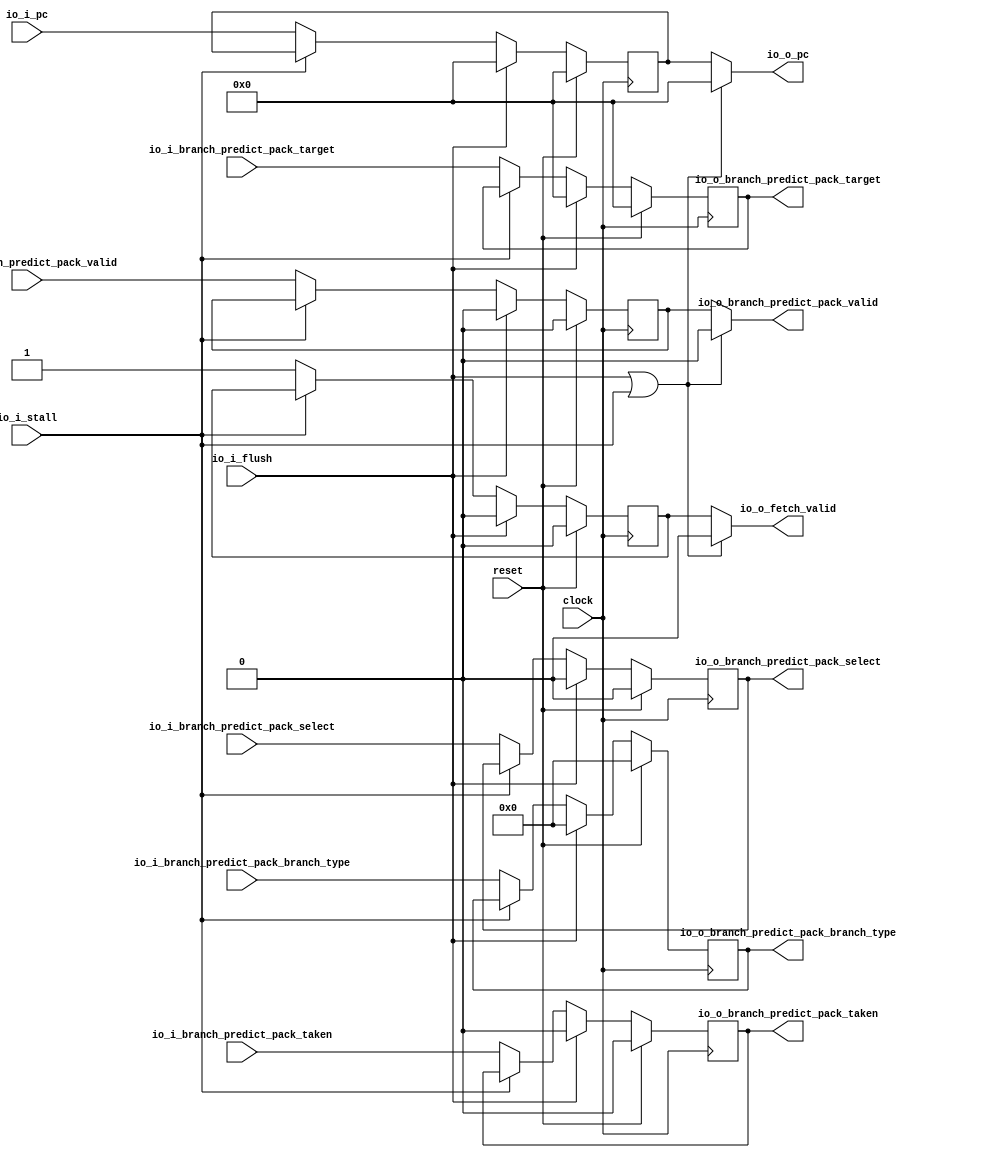
module IF1_IF2(
  input         clock,
  input         reset,
  input         io_i_stall,
  input         io_i_flush,
  output        io_o_fetch_valid,
  input  [63:0] io_i_pc,
  output [63:0] io_o_pc,
  input         io_i_branch_predict_pack_valid,
  input  [63:0] io_i_branch_predict_pack_target,
  input  [3:0]  io_i_branch_predict_pack_branch_type,
  input         io_i_branch_predict_pack_select,
  input         io_i_branch_predict_pack_taken,
  output        io_o_branch_predict_pack_valid,
  output [63:0] io_o_branch_predict_pack_target,
  output [3:0]  io_o_branch_predict_pack_branch_type,
  output        io_o_branch_predict_pack_select,
  output        io_o_branch_predict_pack_taken
);
`ifdef RANDOMIZE_REG_INIT
  reg [63:0] _RAND_0;
  reg [31:0] _RAND_1;
  reg [63:0] _RAND_2;
  reg [31:0] _RAND_3;
  reg [31:0] _RAND_4;
  reg [31:0] _RAND_5;
  reg [31:0] _RAND_6;
`endif // RANDOMIZE_REG_INIT
  reg [63:0] pc; // @[if1_if2.scala 24:21]
  wire  _io_o_pc_T = io_i_flush | io_i_stall; // @[if1_if2.scala 27:30]
  reg  branch_predict_pack_valid; // @[if1_if2.scala 29:38]
  reg [63:0] branch_predict_pack_target; // @[if1_if2.scala 29:38]
  reg [3:0] branch_predict_pack_branch_type; // @[if1_if2.scala 29:38]
  reg  branch_predict_pack_select; // @[if1_if2.scala 29:38]
  reg  branch_predict_pack_taken; // @[if1_if2.scala 29:38]
  reg  fetch_valid; // @[if1_if2.scala 35:30]
  assign io_o_fetch_valid = _io_o_pc_T ? 1'h0 : fetch_valid; // @[if1_if2.scala 37:28]
  assign io_o_pc = io_i_flush | io_i_stall ? 64'h0 : pc; // @[if1_if2.scala 27:19]
  assign io_o_branch_predict_pack_valid = _io_o_pc_T ? 1'h0 : branch_predict_pack_valid; // @[if1_if2.scala 33:42]
  assign io_o_branch_predict_pack_target = branch_predict_pack_target; // @[if1_if2.scala 32:30]
  assign io_o_branch_predict_pack_branch_type = branch_predict_pack_branch_type; // @[if1_if2.scala 32:30]
  assign io_o_branch_predict_pack_select = branch_predict_pack_select; // @[if1_if2.scala 32:30]
  assign io_o_branch_predict_pack_taken = branch_predict_pack_taken; // @[if1_if2.scala 32:30]
  always @(posedge clock) begin
    if (reset) begin // @[if1_if2.scala 24:21]
      pc <= 64'h0; // @[if1_if2.scala 24:21]
    end else if (io_i_flush) begin // @[if1_if2.scala 25:14]
      pc <= 64'h0;
    end else if (!(io_i_stall)) begin // @[if1_if2.scala 25:35]
      pc <= io_i_pc;
    end
    if (reset) begin // @[if1_if2.scala 29:38]
      branch_predict_pack_valid <= 1'h0; // @[if1_if2.scala 29:38]
    end else if (io_i_flush) begin // @[if1_if2.scala 30:31]
      branch_predict_pack_valid <= 1'h0;
    end else if (!(io_i_stall)) begin // @[if1_if2.scala 30:88]
      branch_predict_pack_valid <= io_i_branch_predict_pack_valid;
    end
    if (reset) begin // @[if1_if2.scala 29:38]
      branch_predict_pack_target <= 64'h0; // @[if1_if2.scala 29:38]
    end else if (io_i_flush) begin // @[if1_if2.scala 30:31]
      branch_predict_pack_target <= 64'h0;
    end else if (!(io_i_stall)) begin // @[if1_if2.scala 30:88]
      branch_predict_pack_target <= io_i_branch_predict_pack_target;
    end
    if (reset) begin // @[if1_if2.scala 29:38]
      branch_predict_pack_branch_type <= 4'h0; // @[if1_if2.scala 29:38]
    end else if (io_i_flush) begin // @[if1_if2.scala 30:31]
      branch_predict_pack_branch_type <= 4'h0;
    end else if (!(io_i_stall)) begin // @[if1_if2.scala 30:88]
      branch_predict_pack_branch_type <= io_i_branch_predict_pack_branch_type;
    end
    if (reset) begin // @[if1_if2.scala 29:38]
      branch_predict_pack_select <= 1'h0; // @[if1_if2.scala 29:38]
    end else if (io_i_flush) begin // @[if1_if2.scala 30:31]
      branch_predict_pack_select <= 1'h0;
    end else if (!(io_i_stall)) begin // @[if1_if2.scala 30:88]
      branch_predict_pack_select <= io_i_branch_predict_pack_select;
    end
    if (reset) begin // @[if1_if2.scala 29:38]
      branch_predict_pack_taken <= 1'h0; // @[if1_if2.scala 29:38]
    end else if (io_i_flush) begin // @[if1_if2.scala 30:31]
      branch_predict_pack_taken <= 1'h0;
    end else if (!(io_i_stall)) begin // @[if1_if2.scala 30:88]
      branch_predict_pack_taken <= io_i_branch_predict_pack_taken;
    end
    if (reset) begin // @[if1_if2.scala 35:30]
      fetch_valid <= 1'h0; // @[if1_if2.scala 35:30]
    end else if (io_i_flush) begin // @[if1_if2.scala 36:23]
      fetch_valid <= 1'h0;
    end else if (!(io_i_stall)) begin // @[if1_if2.scala 36:48]
      fetch_valid <= 1'h1;
    end
  end
// Register and memory initialization
`ifdef RANDOMIZE_GARBAGE_ASSIGN
`define RANDOMIZE
`endif
`ifdef RANDOMIZE_INVALID_ASSIGN
`define RANDOMIZE
`endif
`ifdef RANDOMIZE_REG_INIT
`define RANDOMIZE
`endif
`ifdef RANDOMIZE_MEM_INIT
`define RANDOMIZE
`endif
`ifndef RANDOM
`define RANDOM $random
`endif
`ifdef RANDOMIZE_MEM_INIT
  integer initvar;
`endif
`ifndef SYNTHESIS
`ifdef FIRRTL_BEFORE_INITIAL
`FIRRTL_BEFORE_INITIAL
`endif
initial begin
  `ifdef RANDOMIZE
    `ifdef INIT_RANDOM
      `INIT_RANDOM
    `endif
    `ifndef VERILATOR
      `ifdef RANDOMIZE_DELAY
        #`RANDOMIZE_DELAY begin end
      `else
        #0.002 begin end
      `endif
    `endif
`ifdef RANDOMIZE_REG_INIT
  _RAND_0 = {2{`RANDOM}};
  pc = _RAND_0[63:0];
  _RAND_1 = {1{`RANDOM}};
  branch_predict_pack_valid = _RAND_1[0:0];
  _RAND_2 = {2{`RANDOM}};
  branch_predict_pack_target = _RAND_2[63:0];
  _RAND_3 = {1{`RANDOM}};
  branch_predict_pack_branch_type = _RAND_3[3:0];
  _RAND_4 = {1{`RANDOM}};
  branch_predict_pack_select = _RAND_4[0:0];
  _RAND_5 = {1{`RANDOM}};
  branch_predict_pack_taken = _RAND_5[0:0];
  _RAND_6 = {1{`RANDOM}};
  fetch_valid = _RAND_6[0:0];
`endif // RANDOMIZE_REG_INIT
  `endif // RANDOMIZE
end // initial
`ifdef FIRRTL_AFTER_INITIAL
`FIRRTL_AFTER_INITIAL
`endif
`endif // SYNTHESIS
endmodule